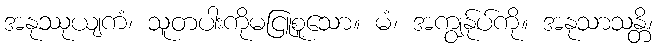
အနုဿုယျကံ၊ သူတပါးကိုမငြူစူသော။ မံ၊ အကျွန်ုပ်ကို။ အနုသာသန္တိ၊